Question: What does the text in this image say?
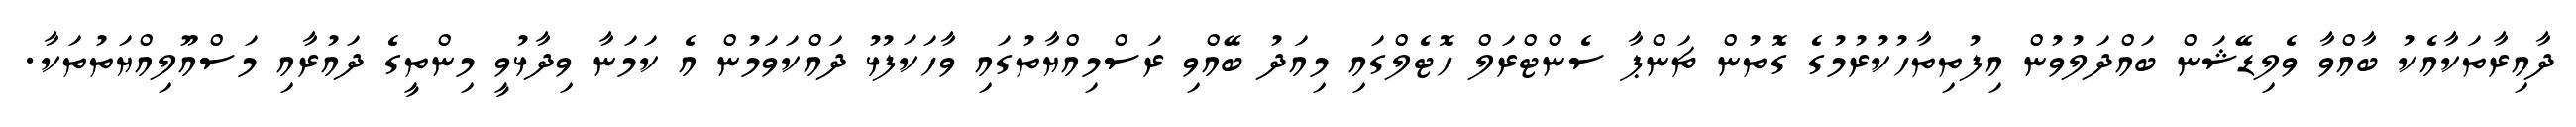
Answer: ދާއިރާތަކާއެކު ބާއްވާ ވެލިޑޭޝަން ބައްދަލުވުން އިފުތިތާހުކުރުމުގެ ގޮތުން ޗަންޕާ ސެންޓްރަލް ހޮޓެލްގައި މިއަދު ބޭއްވި ރަސްމިއްޔާތުގައި ވާހަކަފުޅު ދައްކަވަމުން އެ ކަމަނާ ވިދާޅުވީ މިންތީގެ ދައުރާއި މަސްއޫލިއްޔަތުތަކާ.